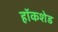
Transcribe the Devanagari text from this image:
हॉकशेड